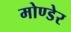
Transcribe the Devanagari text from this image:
मोण्डेर